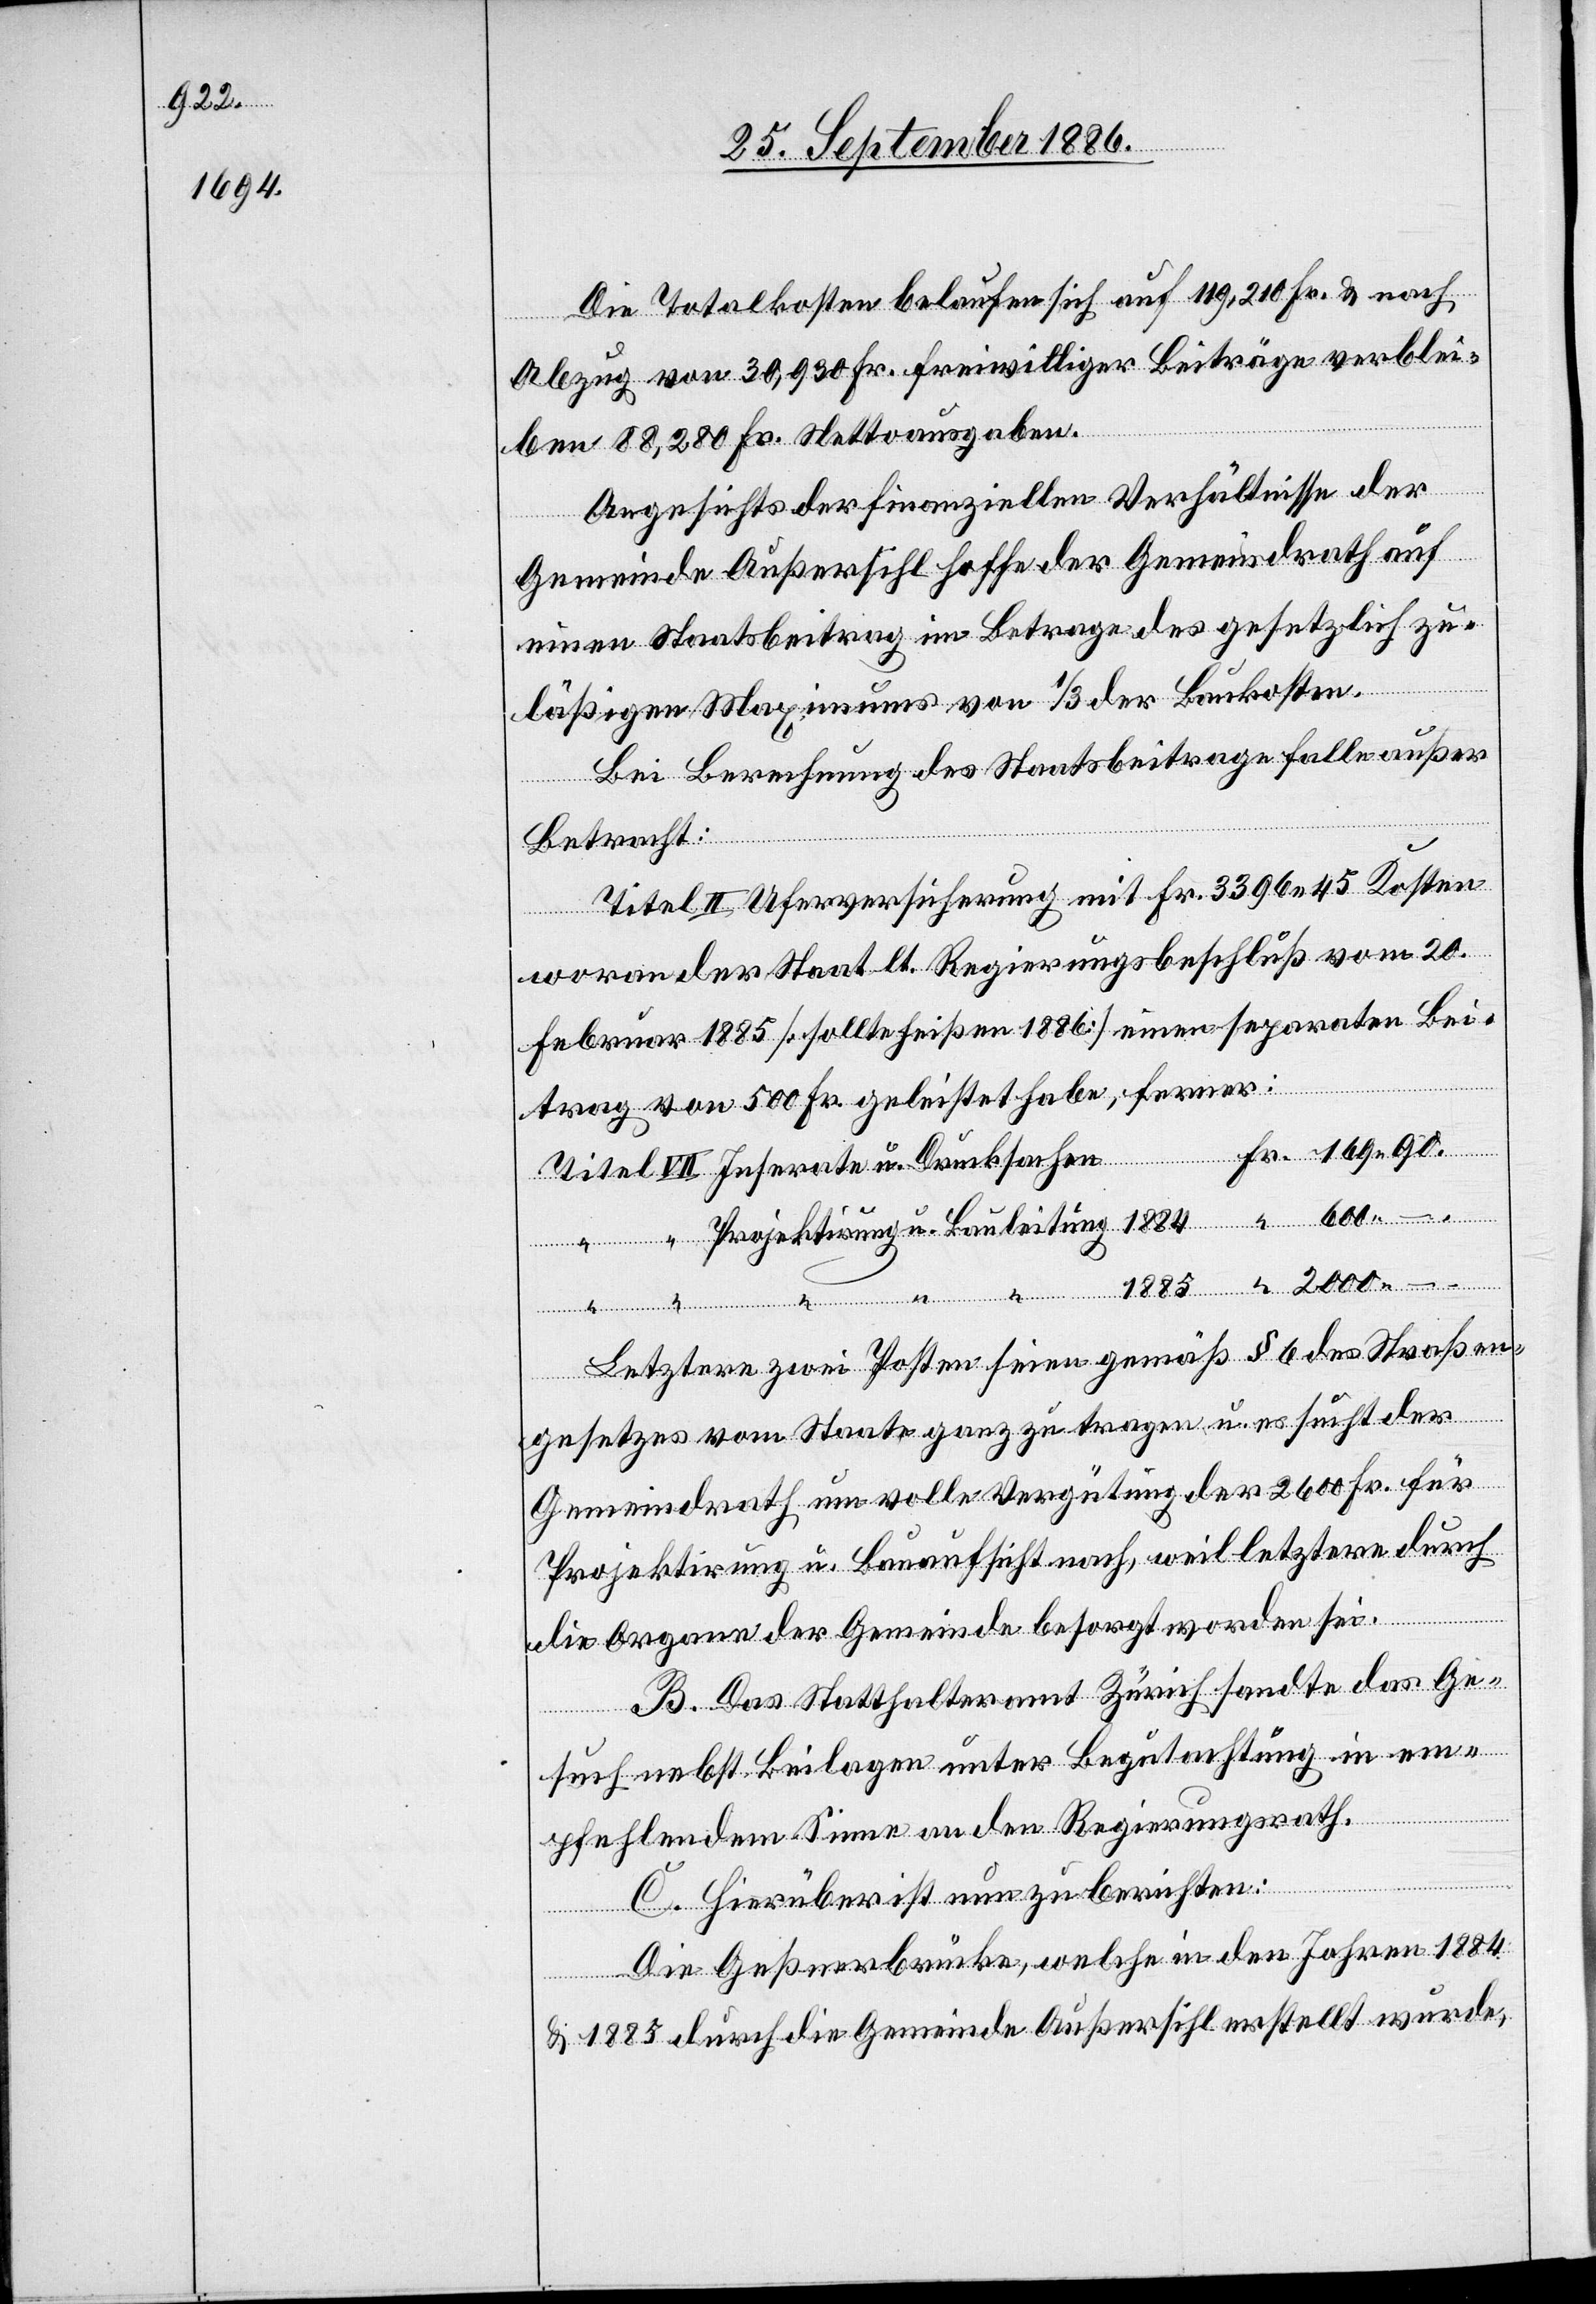
1885
169 90.

Inserate u.
Die Totalkosten belaufen sich auf 119,210 Fr. & nach
Abzug von 30,930 Fr. freiwilliger Beiträge verblei¬
ben 88,280 Fr. Nettoausgaben.
tung
Angesichts der finanziellen Verhältnisse der
Gemeinde Außersihl hoffe der Gemeindrath auf
einen Staatsbeitrag im Betrage des gesetzlich zu¬
läßigen Maximums von 1/3 der Baukosten.
Bei Berechnung des Staatsbeitrages falle außer
Betracht:
Titel II Uferversicherung mit Fr. 3396 45 Kosten
Baulei¬
wovon der Staat lt. Regierungsbeschluß vom 20.
Februar 1885 [sollte heißen 1886] einen separaten Bei¬
trag von 500 Fr. geleistet habe, ferner:
Letztere zwei Posten seien gemäß § 6 des Straßen¬
gesetzes vom Staate ganz zu tragen u. es sucht der
Gemeindrath um volle Vergütung der 2600 Fr. für
Projektirung u. Bauaufsicht nach, weil letztere durch
die Organe der Gemeinde besorgt worden sei.
B. Das Statthalteramt Zürich sandte das Ge¬
such nebst Beilagen unter Begutachtung in em¬
pfehlendem Sinne an den Regierungsrath.
C. Hierüber ist nun zu berichten:
Die Geßnerbrücke, welche in den Jahren 1884
& 1885 durch die Gemeinde Außersihl erstellt wurde,